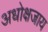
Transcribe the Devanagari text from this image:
अधोक्षजाय